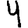
Digit: 4